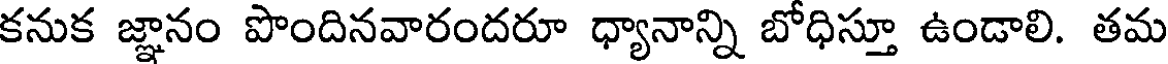
కనుక జ్ఞానం పొందినవారందరూ ధ్యానాన్ని బోధిస్తూ ఉండాలి. తమ